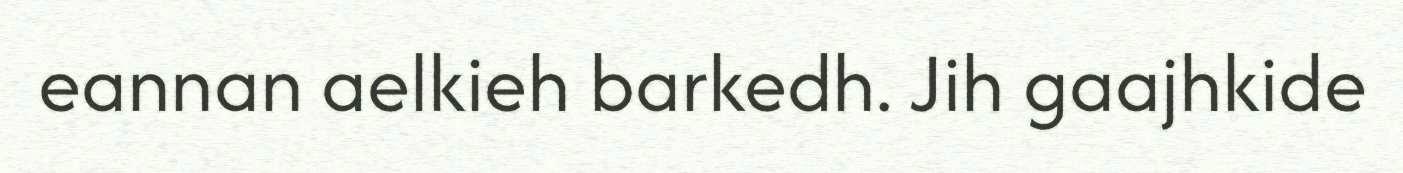
eannan aelkieh barkedh. Jih gaajhkide